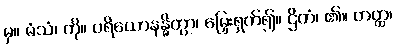
မှ။ မံသံ၊ ကို။ ပရိယောနန္ဓိတွာ၊ မြှေးရှက်၍။ ဌိတံ၊ ၏။ တတ္ထ၊